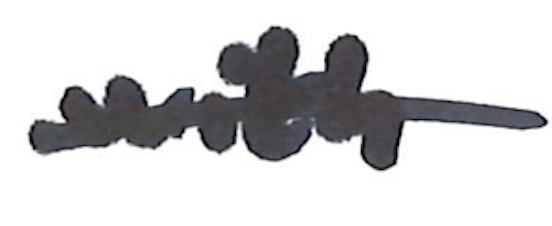
Text: with
Cross-out: mix
Writing tool: marker